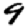
Digit: 9